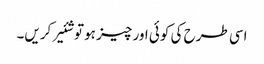
اسی طرح کی کوئی اور چیز ہو تو شئیر کریں۔